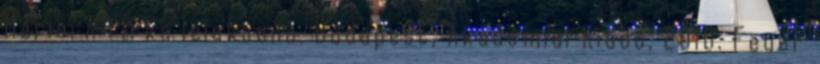
Mária: A firka lélektana. Budapest, Akadémiai Kiadó, 2010. Feuer